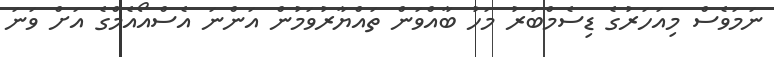
ނަމަވެސް މިއަހަރުގެ ޑިސެމްބަރު މަހު ބާއްވަން ތައްޔާރުވަމުން އަންނަ އެސްއޯއެމްގެ އަށް ވަނަ